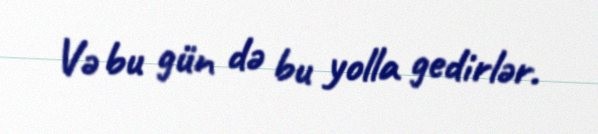
Və bu gün də bu yolla gedirlər.